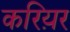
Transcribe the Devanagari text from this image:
करिय़र